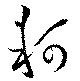
軻